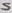
Text: S